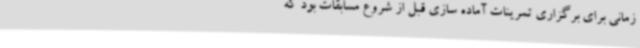
زمانی برای برگزاری تمرینات آماده سازی قبل از شروع مسابقات بود که